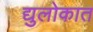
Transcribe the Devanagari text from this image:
द्युलोकात